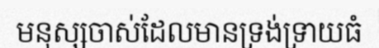
មនុស្សចាស់ដែលមានទ្រង់ទ្រាយធំ